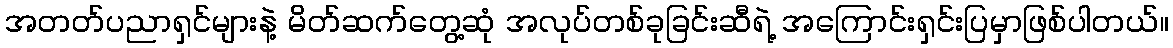
အတတ်ပညာရှင်များနဲ့ မိတ်ဆက်တွေ့ဆုံ အလုပ်တစ်ခုခြင်းဆီရဲ့ အကြောင်းရှင်းပြမှာဖြစ်ပါတယ်။